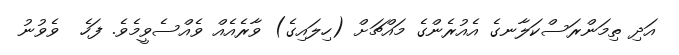
އަދި ތިމަންރަސްކަލާނގެ އެއުރެންގެ މައްޗަށް (ހިލައިގެ) ވާރެއެއް ވެއްސެވީމެވެ. ފަހެ  ވެވުނު